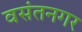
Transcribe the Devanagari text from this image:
वसंतनगर